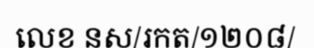
លេខ នស/រកត/១២០៨/